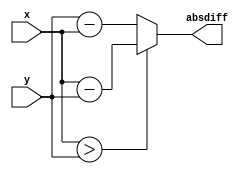
`timescale 1ns / 1ps
//////////////////////////////////////////////////////////////////////////////////
// Company:        MIT 6.111 Final Project
// 
// Module Name:    Calculate Abs Difference of Two numbers
// Project Name:   FPGA Phone Home
//////////////////////////////////////////////////////////////////////////////////

module abs_diff_9(
    input [9:0] x,
    input [9:0] y,
    output [9:0] absdiff
    );
	 
	 assign absdiff = (x>y) ? x-y : y-x;


endmodule